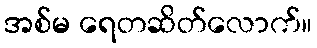
အစ်မ ရေတဆိတ်လောက်။